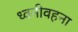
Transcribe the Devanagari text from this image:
ध्वनीवहना